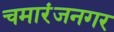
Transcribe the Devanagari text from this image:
चमारंजनगर